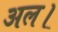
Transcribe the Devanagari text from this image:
अल।